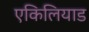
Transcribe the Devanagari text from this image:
एकिलियाड